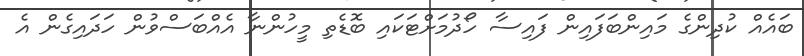
ބައެއް ކުދިންގެ މައިންބަފައިން ފައިސާ ހޯދުމަށްޓަކައި ބޮޑެތި މީހުންނާ އެއްބަސްވުން ހަދައިގެން އެ